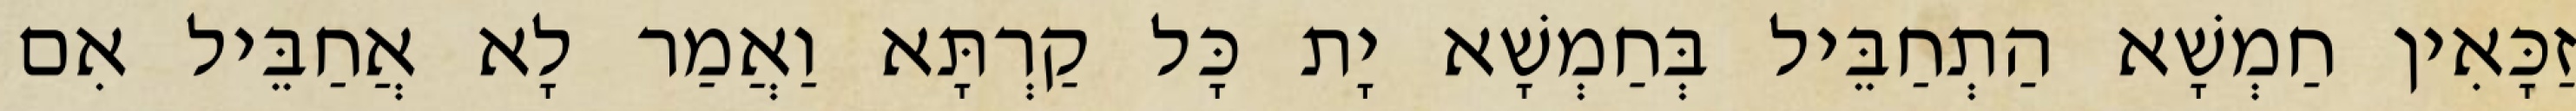
זַכָּאִין חַמְשָׁא הַתְחַבֵּיל בְּחַמְשָׁא יָת כָּל קַרְתָּא וַאֲמַר לָא אֲחַבֵּיל אִם